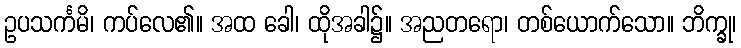
ဥပသင်္ကမိ၊ ကပ်လေ၏။ အထ ခေါ၊ ထိုအခါ၌။ အညတရော၊ တစ်ယောက်သော။ ဘိက္ခု၊